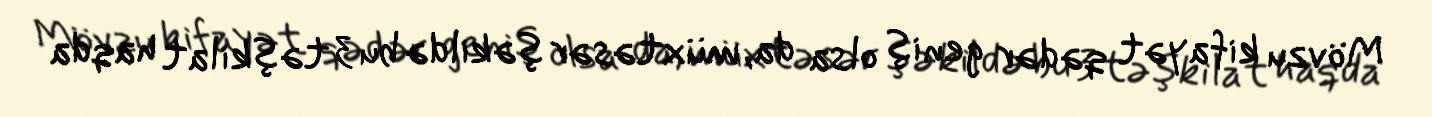
Mövzu kifayət qədər geniş olsa da, müxtəsər şəkildə bu 3 təşkilat haqda